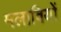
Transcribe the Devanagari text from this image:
मलावियों